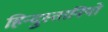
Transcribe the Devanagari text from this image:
हिन्दुस्तानियो